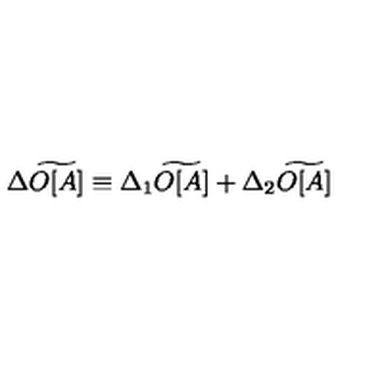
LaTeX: \Delta \widetilde { O [ A ] } \equiv \Delta _ { 1 } \widetilde { O [ A ] } + \Delta _ { 2 } \widetilde { O [ A ] }